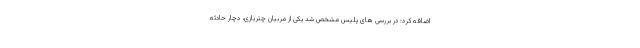
اضافه کرد: در بررسی های پلیس مشخص شد یکی از مربیان چتربازی، دچار حادثه